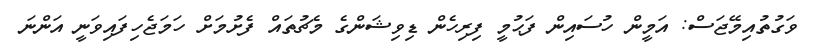
ވަގުތުއިމޭޖަސް: އަމީން ހުސައިން ފަޙުމީ ފިރިހެން ޑިވިޝަންގެ މެޗުތައް ފެށުމަށް ހަމަޖެހިފައިވަނީ އަންނަ